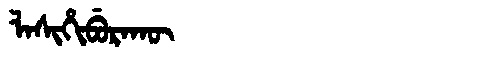
Manchu: ᠯᠠᠰᡳᡥᡳᠪᡠᡵᠠᡴᡡ
Romanization: LASIHIBURAKŪ